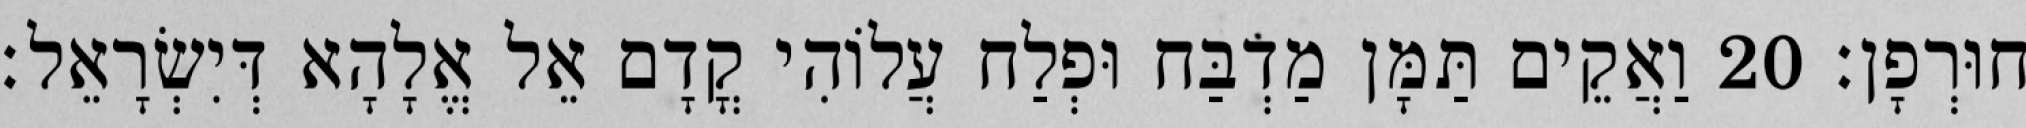
חוּרְפָן׃ 20 וַאֲקֵים תַּמָּן מַדְבַּח וּפְלַח עֲלוֹהִי קֳדָם אֵל אֱלָהָא דְּיִשְׂרָאֵל׃